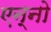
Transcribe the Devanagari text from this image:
एन्नो